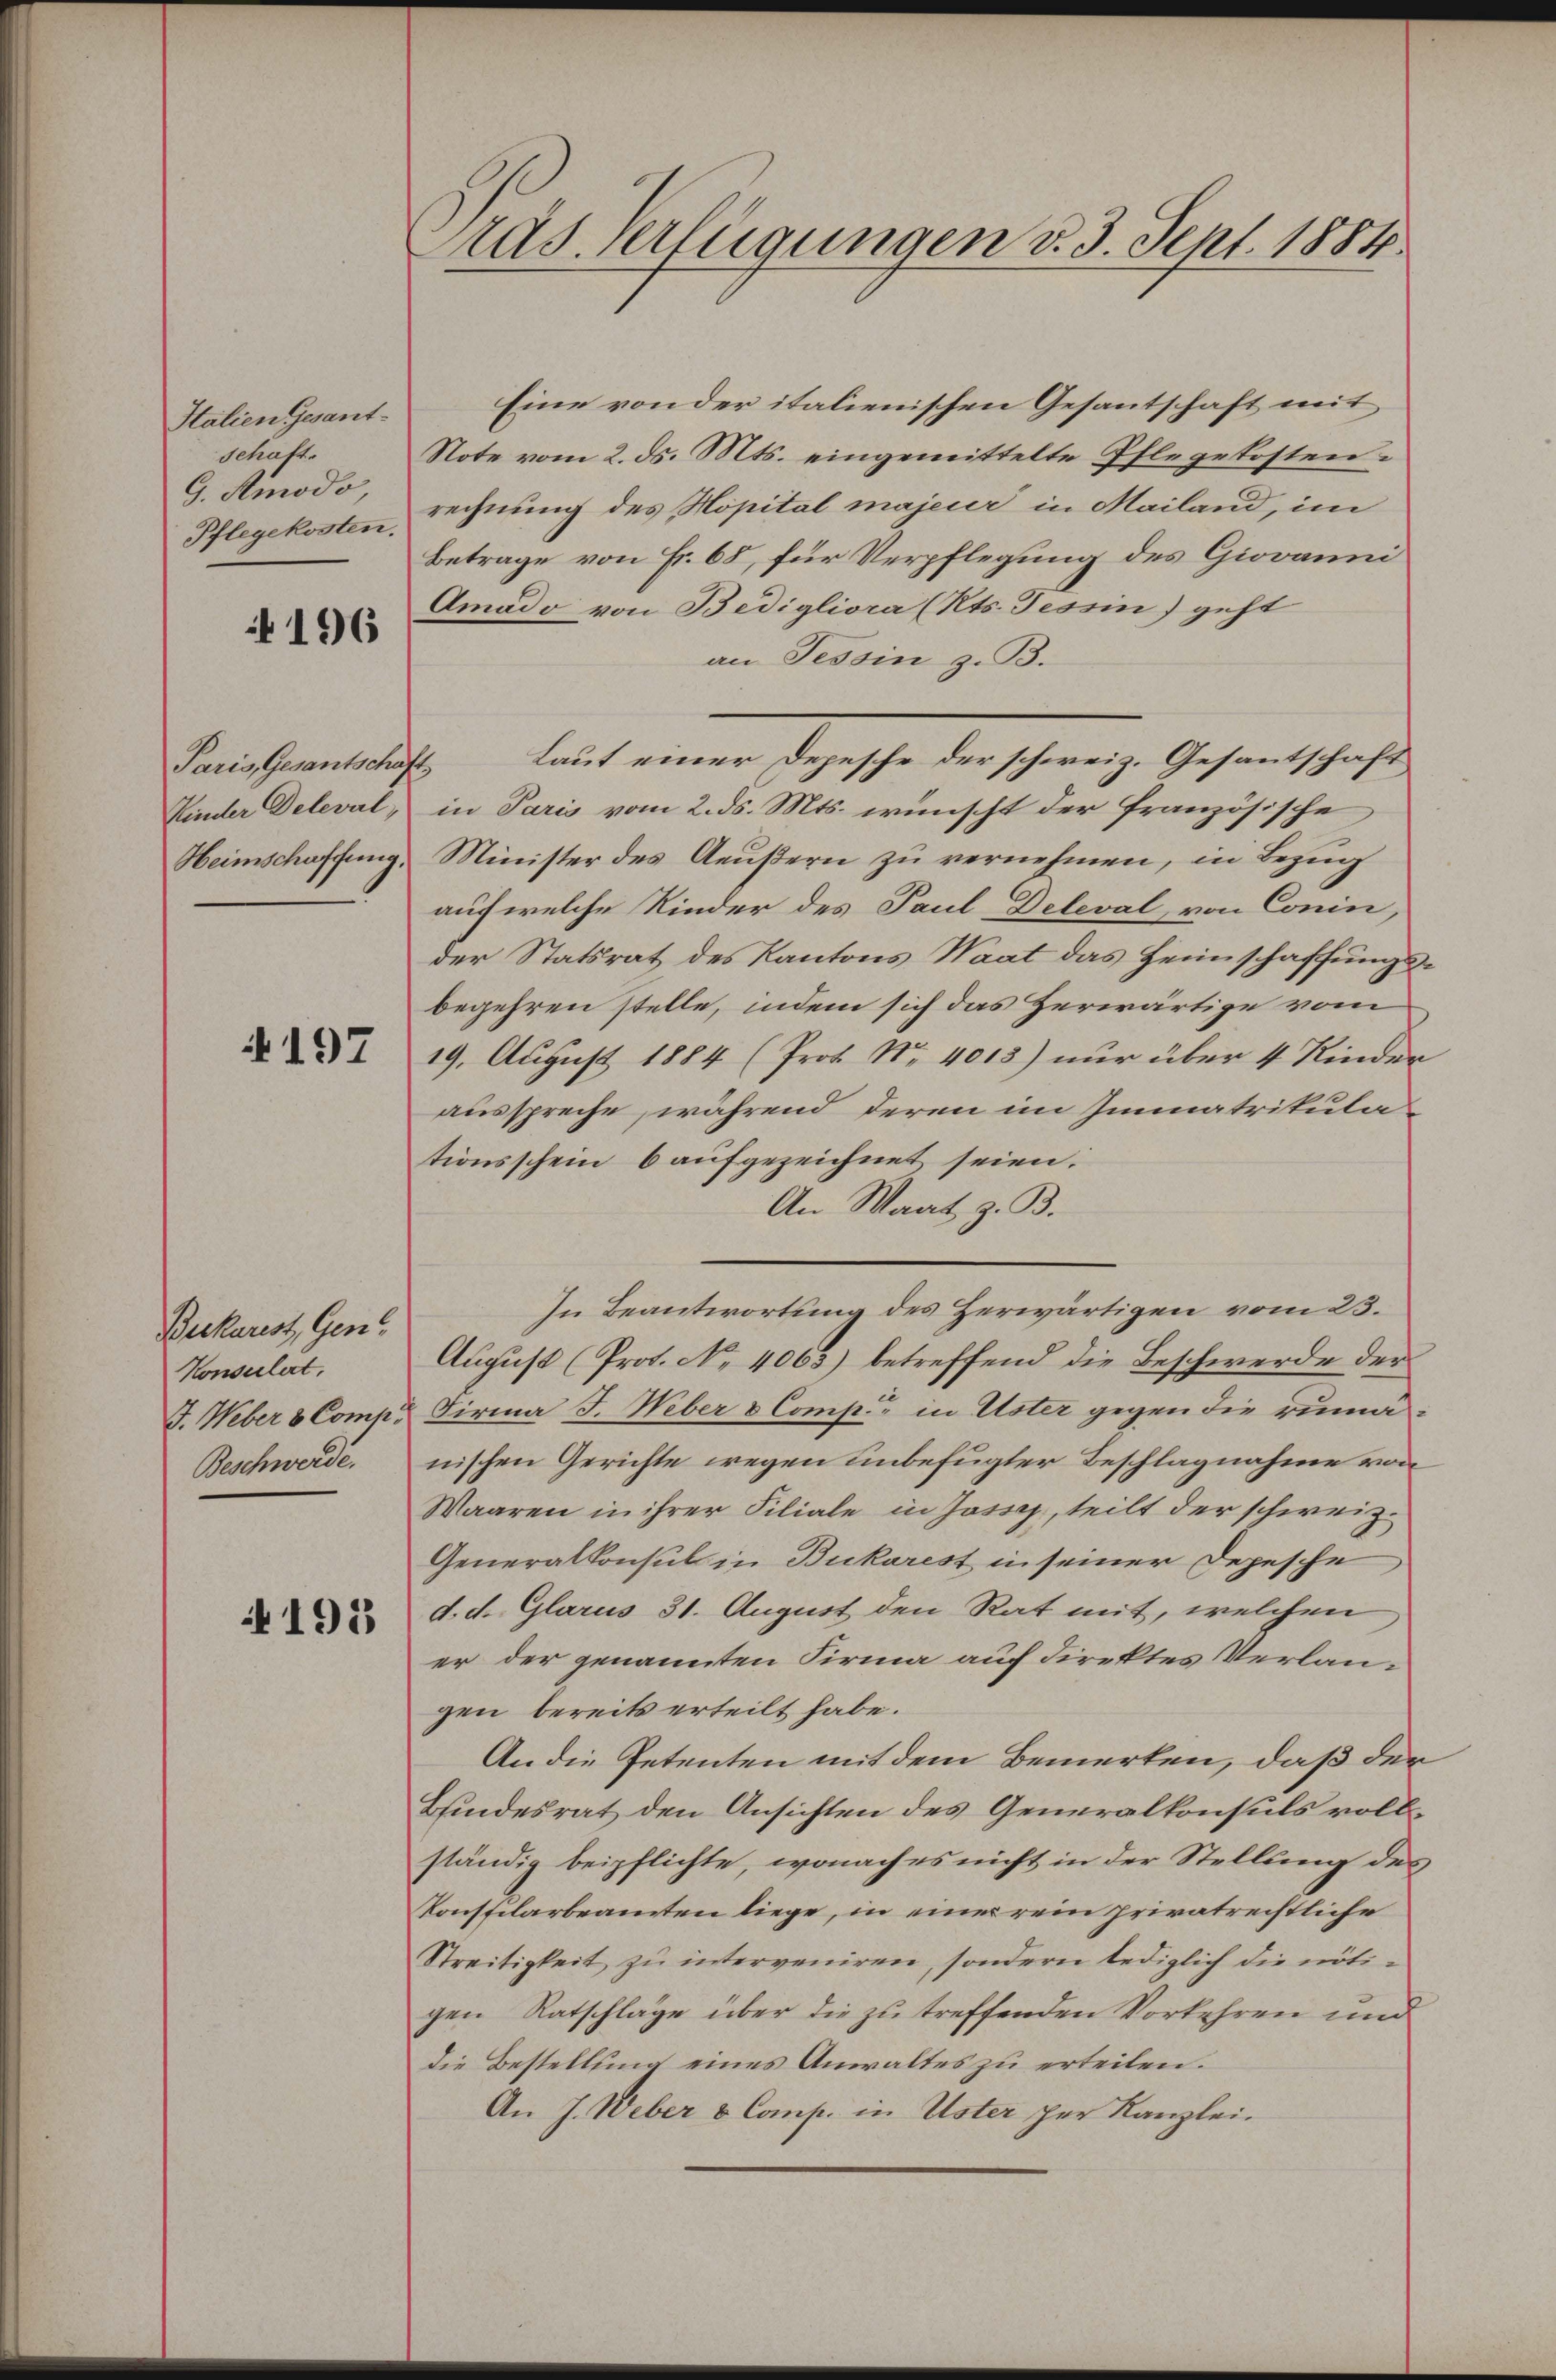
Italien Gesant¬
Schaft.
G. Amodo,
Pflegekosten.

196

Paris, Gesantschaft
Kinder Deleval,
Heimschaffung.

197

Beckarest, Gen
Konsulert,
J. Weber & Comp.
Beschwerde.

195

ds. verfügungen v. 3. Sept. 1884.

Eine von der italienischen Gesantschaft mit
Note vom 2. ds. Mts. eingemittelte Pflegekosten.
rechnung des Hopital majeur in Mailand, im
Betrage von Fr. 68, für Verpflegung des Giovanni
Amado von Bedigliora (Rts. Tessin) geht
an Tessin z. B.
Laut einer Depesche der schweiz. Gesantschaft
in Paris vom 2. ds. Mts. wünscht der französische
Minister des Aeußern zu vernehmen, in Bezug
auf welche Kinder des Paul Deleval von Conin,
der Statsrat des Kantons Waat das Heimschaffungsbegehren stelle, indem sich das Zerwärtige vom
19. August 1884 (Prot. Nr. 4013) nur über 4 Kinder
ausspreche, während deren im Immatrikula
tionsschein 6 aufgezeichnet seien.
An Maat, z. B.
In Beantwortung des Herwärtigen vom 23.
August (Prot. No. 4063) betreffend die Beschwerde der
Firma J. Weber & Comp. in Uster gegen die rumänischen Gerichte wegen unbefugter Beschlagnahme von
Waaren in ihrer Filiale in Joss, teilt der schweiz.
Generalkonsul in Bukarest in seiner Depesche
d. d. Glarus 31. August den Rat mit, welchen
er der genannten Firma auf Direktes Verlangen bereits erteilt habe.
An die Petenten mit dem Bemerken, daß der
Bindesrat den Ansichten des Generalkonsuls vollständig beipflichte, wonach es nicht in der Stellung des
Konstilarbeamten liege, in einer rein privatrechtliche
Streitigkeit zu interveniren, sondern lediglich die nötigen Ratschläge über die zu treffenden Vorkehren und
die Bestellung eines Anwaltes zu erteilen.
An J. Weber & Comp. in Uster per Kanzlei.